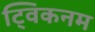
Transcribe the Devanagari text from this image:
ट्विकनम